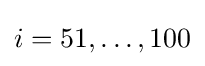
i=51,\dots ,100